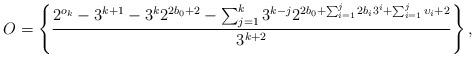
LaTeX: \begin{align*} O=\left\{\frac{2^{o_{k}}-3^{k+1}-3^{k}2^{2b_{0}+2}-\sum\nolimits_{j=1}^{k}3^{k-j}2^{2b_{0}+\sum\nolimits_{i=1}^{j}2b_{i}3^{i}+\sum\nolimits_{i=1}^{j}\upsilon_{i}+2}}{3^{k+2}}\right\},\end{align*}